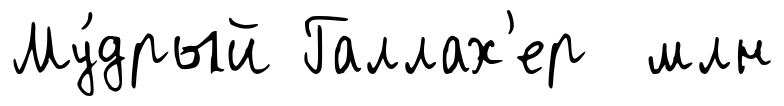
Му́дрый Галлах'ер млн